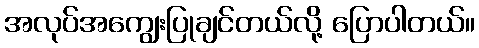
အလုပ်အကျွေးပြုချင်တယ်လို့ ပြောပါတယ်။